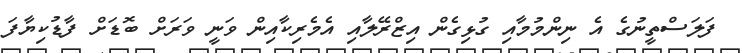
ފަލަސްތީނުގެ އެ ނިންމުމާއި ގުޅިގެން އިޒްރޭލާއި އެމެރިކާއިން ވަނީ ވަރަށް ބޮޑަށް ފާޑުކިޔާފަ